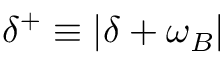
\delta ^ { + } \equiv \lvert \delta + \omega _ { B } \rvert